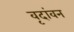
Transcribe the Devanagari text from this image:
वृदांवन